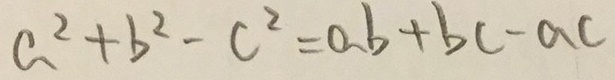
a ^ { 2 } + b ^ { 2 } - c ^ { 2 } = a b + b c - a c